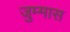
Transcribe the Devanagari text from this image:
जुम्मास